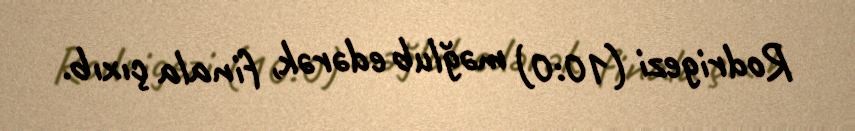
Rodrigezi (10:0) məğlub edərək, finala çıxıb.